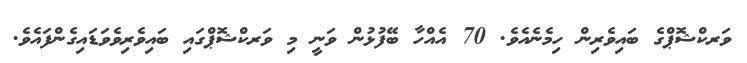
ވަރކްޝޮޕްގެ ބައިވެރިން ހިމެނެއެވެ. 70 އެއްހާ ބޭފުޅުން ވަނީ މި ވަރކްޝޮޕްގައި ބައިވެރިވެވަޑައިގެންފައެވެ.